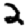
Digit: 2